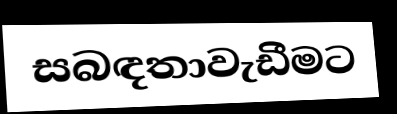
සබඳතාවැඩීමට